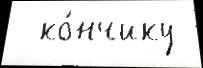
  ко́нчику